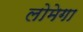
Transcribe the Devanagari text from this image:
लोमेगा